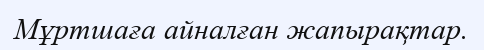
Мұртшаға айналған жапырақтар.